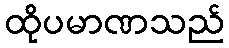
ထိုပမာဏသည်